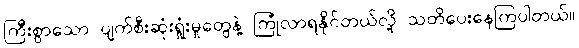
ကြီးစွာသော ပျက်စီးဆုံးရှုံးမှုတွေနဲ့ ကြုံလာရနိုင်တယ်လို့ သတိပေးနေကြပါတယ်။